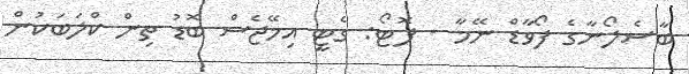
ބާސެލޯނާގެ ފޯވާޑް ނޭމާ - ފޮޓޯ: ގެޓީ އިމޭޖެސް ބޮޑު ތިން ކްލަބަކުން